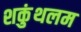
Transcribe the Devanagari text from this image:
शकुंथलम